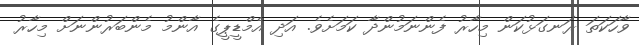
ވާހަކަތަ ރަނގަޅުކަން މިހާރު ފެންނަމުންދާ ކަމަށެވެ. އަދި އެމްޑީޕީގެ އާންމު މެންބަރުންނަށް މިހާރު